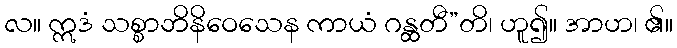
လ။ ဣဒံ သစ္စာဘိနိဝေသေန ကာယံ ဂန္ထတီ”တိ၊ ဟူ၍။ အာဟ၊ ၏။